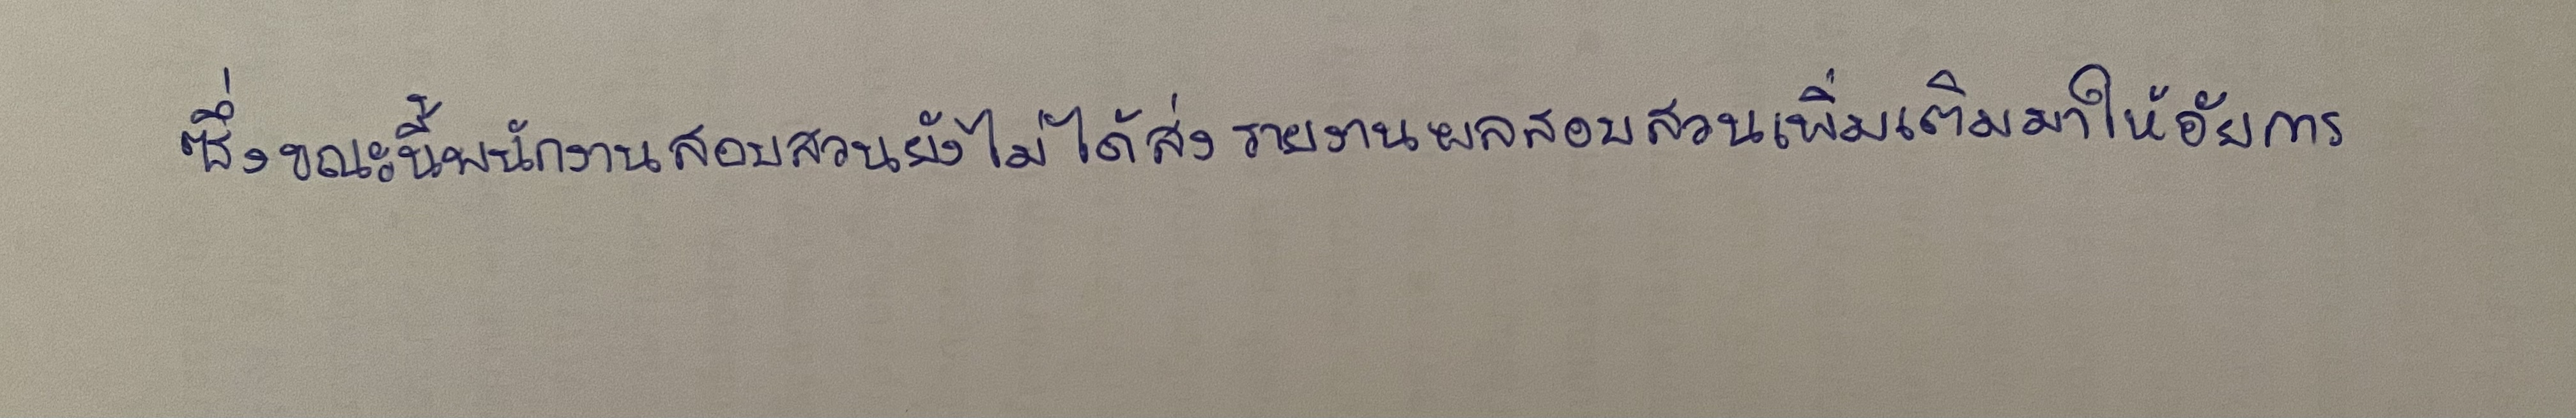
ซึ่งขณะนี้พนักงานสอบสวนยังไม่ได้ส่งรายงานผลสอบสวนเพิ่มเติมมาให้อัยการ